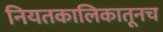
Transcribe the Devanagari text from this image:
नियतकालिकातूनच